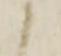
々